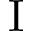
\mathrm { I }